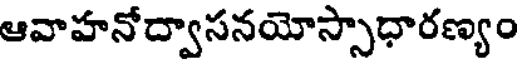
ఆవాహనోద్వాసనయోస్సాధారణ్యం